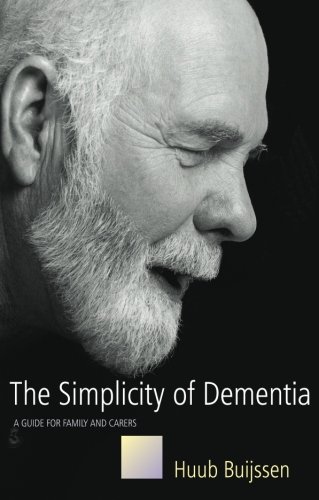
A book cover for The Simplicity Of Dementia: A Guide For Family And Carers; Huub Buijssen; Health, Fitness & Dieting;